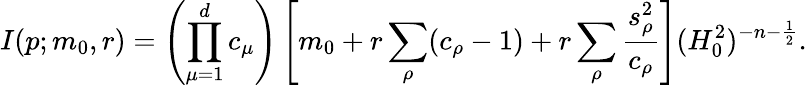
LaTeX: I(p;m_{0},r)=\left(\prod_{\mu=1}^{d}c_{\mu}\right)\left[m_{0}+r\sum_{\rho}(c_{\rho}-1)+r\sum_{\rho}\frac{s_{\rho}^{2}}{c_{\rho}}\right](H_{0}^{2})^{-n-\frac{1}{2}}.